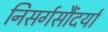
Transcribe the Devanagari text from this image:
निसर्गसौंदर्या